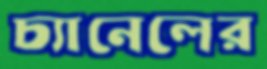
চ্যানেলের